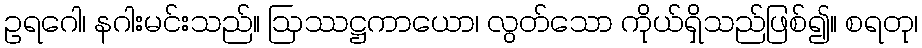
ဥရဂေါ၊ နဂါးမင်းသည်။ ဩဿဋ္ဌကာယော၊ လွတ်သော ကိုယ်ရှိသည်ဖြစ်၍။ စရတု၊